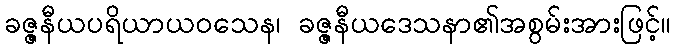
ခဇ္ဇနီယပရိယာယဝသေန၊ ခဇ္ဇနီယဒေသနာ၏အစွမ်းအားဖြင့်။